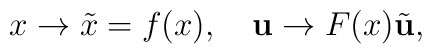
x\to \tilde x =f(x),\quad {\bf u}\to F(x)\tilde {\bf u},